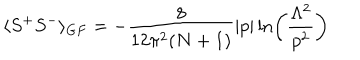
\langle S ^ { + } S ^ { - } \rangle _ { G F } = - \frac { 8 } { 1 2 \pi ^ { 2 } ( N + 1 ) } \left| p \right| \ln \left( \frac { \Lambda ^ { 2 } } { p ^ { 2 } } \right)